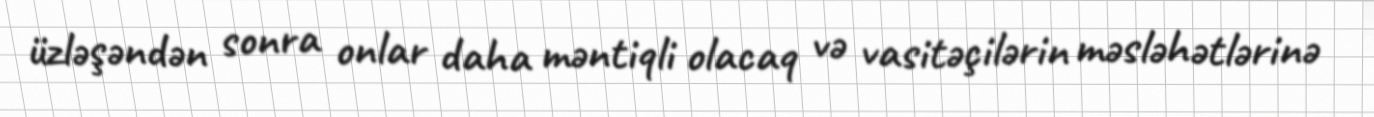
üzləşəndən sonra onlar daha məntiqli olacaq və vasitəçilərin məsləhətlərinə